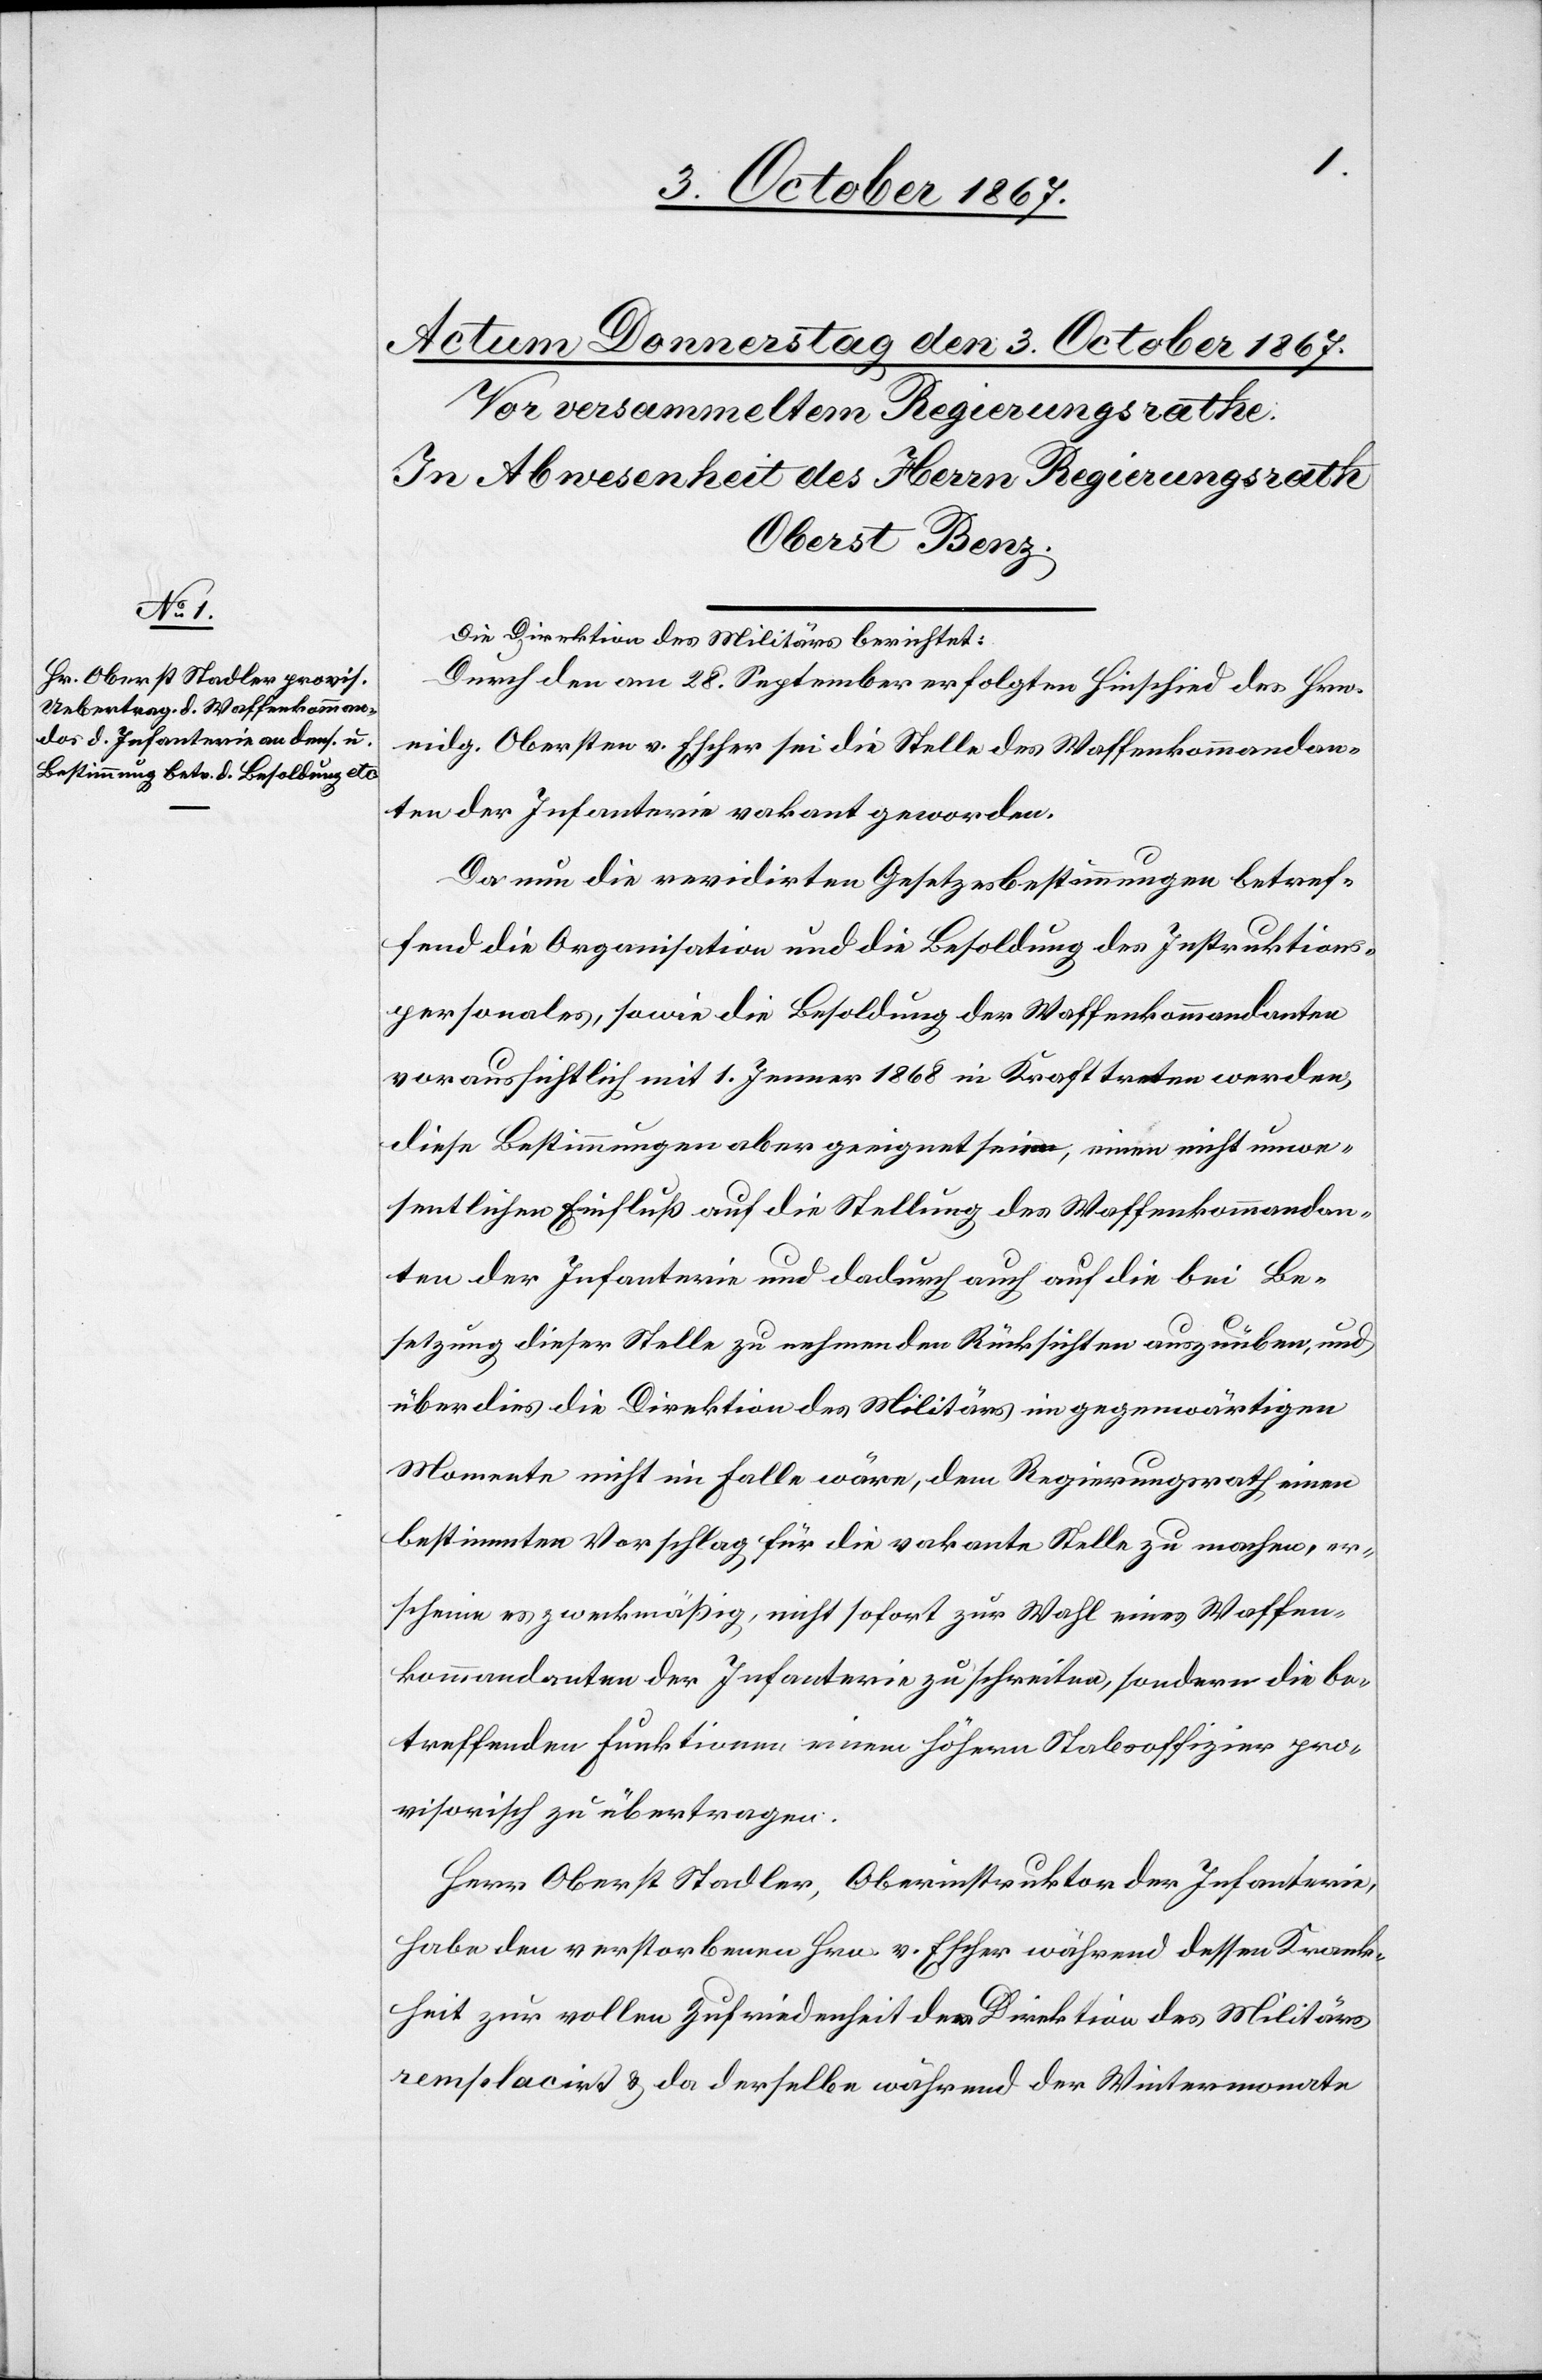
Die Direktion des Militärs berichtet:
Durch den am 28. September erfolgten Hinschied des Hrn.
eidg. Obersten v. Escher sei die Stelle des Waffenkommandan¬
ten der Infanterie vakant geworden.
Da nun die revidirten Gesetzesbestimmungen betref¬
fend die Organisation und die Besoldung des Instruktions¬
personals, sowie die Besoldung der Waffenkommandanten
voraussichtlich mit 1. Jenner 1868 in Kraft treten werden,
diese Bestimmungen aber geeignet seien, einen nicht unwe¬
sentlichen Einfluß auf die Stellung des Waffenkommandan¬
ten der Infanterie und dadurch auch auf die bei Be¬
setzung dieser Stelle zu nehmenden Rücksichten auszuüben, und
überdies die Direktion des Militärs im gegenwärtigen
Momente nicht im Falle wäre, dem Regierungsrath einen
bestimmten Vorschlag für die vakante Stelle zu machen, er¬
scheine es zweckmäßig, nicht sofort zur Wahl eines Waffen¬
kommandanten der Infanterie zu schreiten, sondern die be¬
treffenden Funktionen einem höhern Stabsoffizier pro¬
visorisch zu übertragen.
Herr Oberst Stadler, Oberinstruktor der Infanterie,
habe den verstorbenen Hrn. v. Escher während dessen Krank¬
heit zur vollen Zufriedenheit der Direktion des Militärs
remplacirt u. da derselbe während der Wintermonate